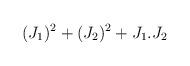
LaTeX: \begin{align*}(J_{1})^2 + (J_{2})^2 + J_{1}.J_{2}\end{align*}